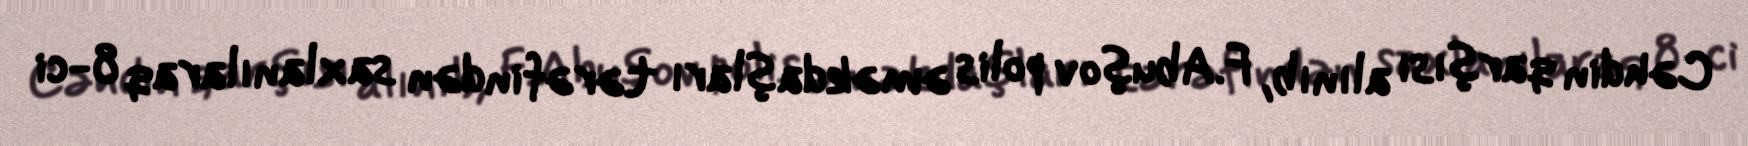
Cəhdin qarşısı alınıb, F.Abuşov polis əməkdaşları tərəfindən saxlanılaraq 8-ci